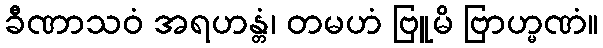
ခီဏာသဝံ အရဟန္တံ၊ တမဟံ ဗြူမိ ဗြာဟ္မဏံ။